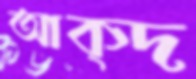
আক্দ